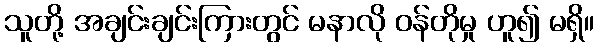
သူတို့ အချင်းချင်းကြားတွင် မနာလို ဝန်တိုမှု ဟူ၍ မရှိ။